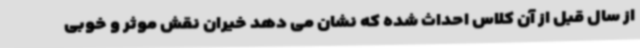
از سال قبل از آن کلاس احداث شده که نشان می دهد خیران نقش موثر و خوبی